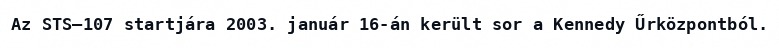
Az STS–107 startjára 2003. január 16-án került sor a Kennedy Űrközpontból.